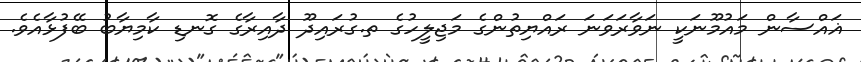
ޣައްސާން މައުމޫނަކީ ނަވާރަވަނަ ރައްޔިތުންގެ މަޖިލީހުގެ ތ.ގުރައިދޫ ދާއިރާގެ ގޮނޑި ކާމިޔާބު ބޭފުޅާއެވެ.